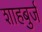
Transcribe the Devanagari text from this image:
शाहबुर्ज